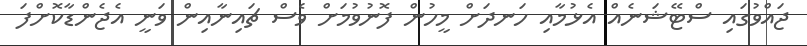
ޖައްވުގައި ސްޓޭޝަނެއް އެޅުމާއި ހަނދަށް މީހުން ފޮނުވުމަށް ވެސް ޗައިނާއިން ވަނީ އެޖެންޑާކޮށްފަ